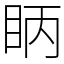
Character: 眪